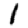
Digit: 1